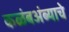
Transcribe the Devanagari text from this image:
कळंबअंब्याचे